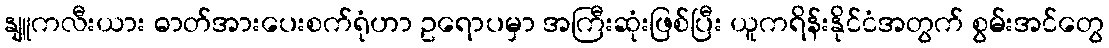
နျူကလီးယား ဓာတ်အားပေးစက်ရုံဟာ ဥရောပမှာ အကြီးဆုံးဖြစ်ပြီး ယူကရိန်းနိုင်ငံအတွက် စွမ်းအင်တွေ